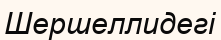
Шершеллидегі